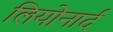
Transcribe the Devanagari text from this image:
लियोनार्द